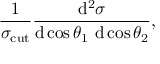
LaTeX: \frac { 1 } { \sigma _ { \mathrm { c u t } } } \frac { \mathrm { d } ^ { 2 } \sigma } { \mathrm { d } \cos \theta _ { 1 } \ \mathrm { d } \cos \theta _ { 2 } } ,